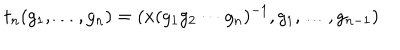
LaTeX: t _ { n } ( g _ { 1 } , \ldots , g _ { n } ) = ( x ( g _ { 1 } g _ { 2 } \cdots g _ { n } ) ^ { - 1 } , g _ { 1 } , \ldots , g _ { n - 1 } )